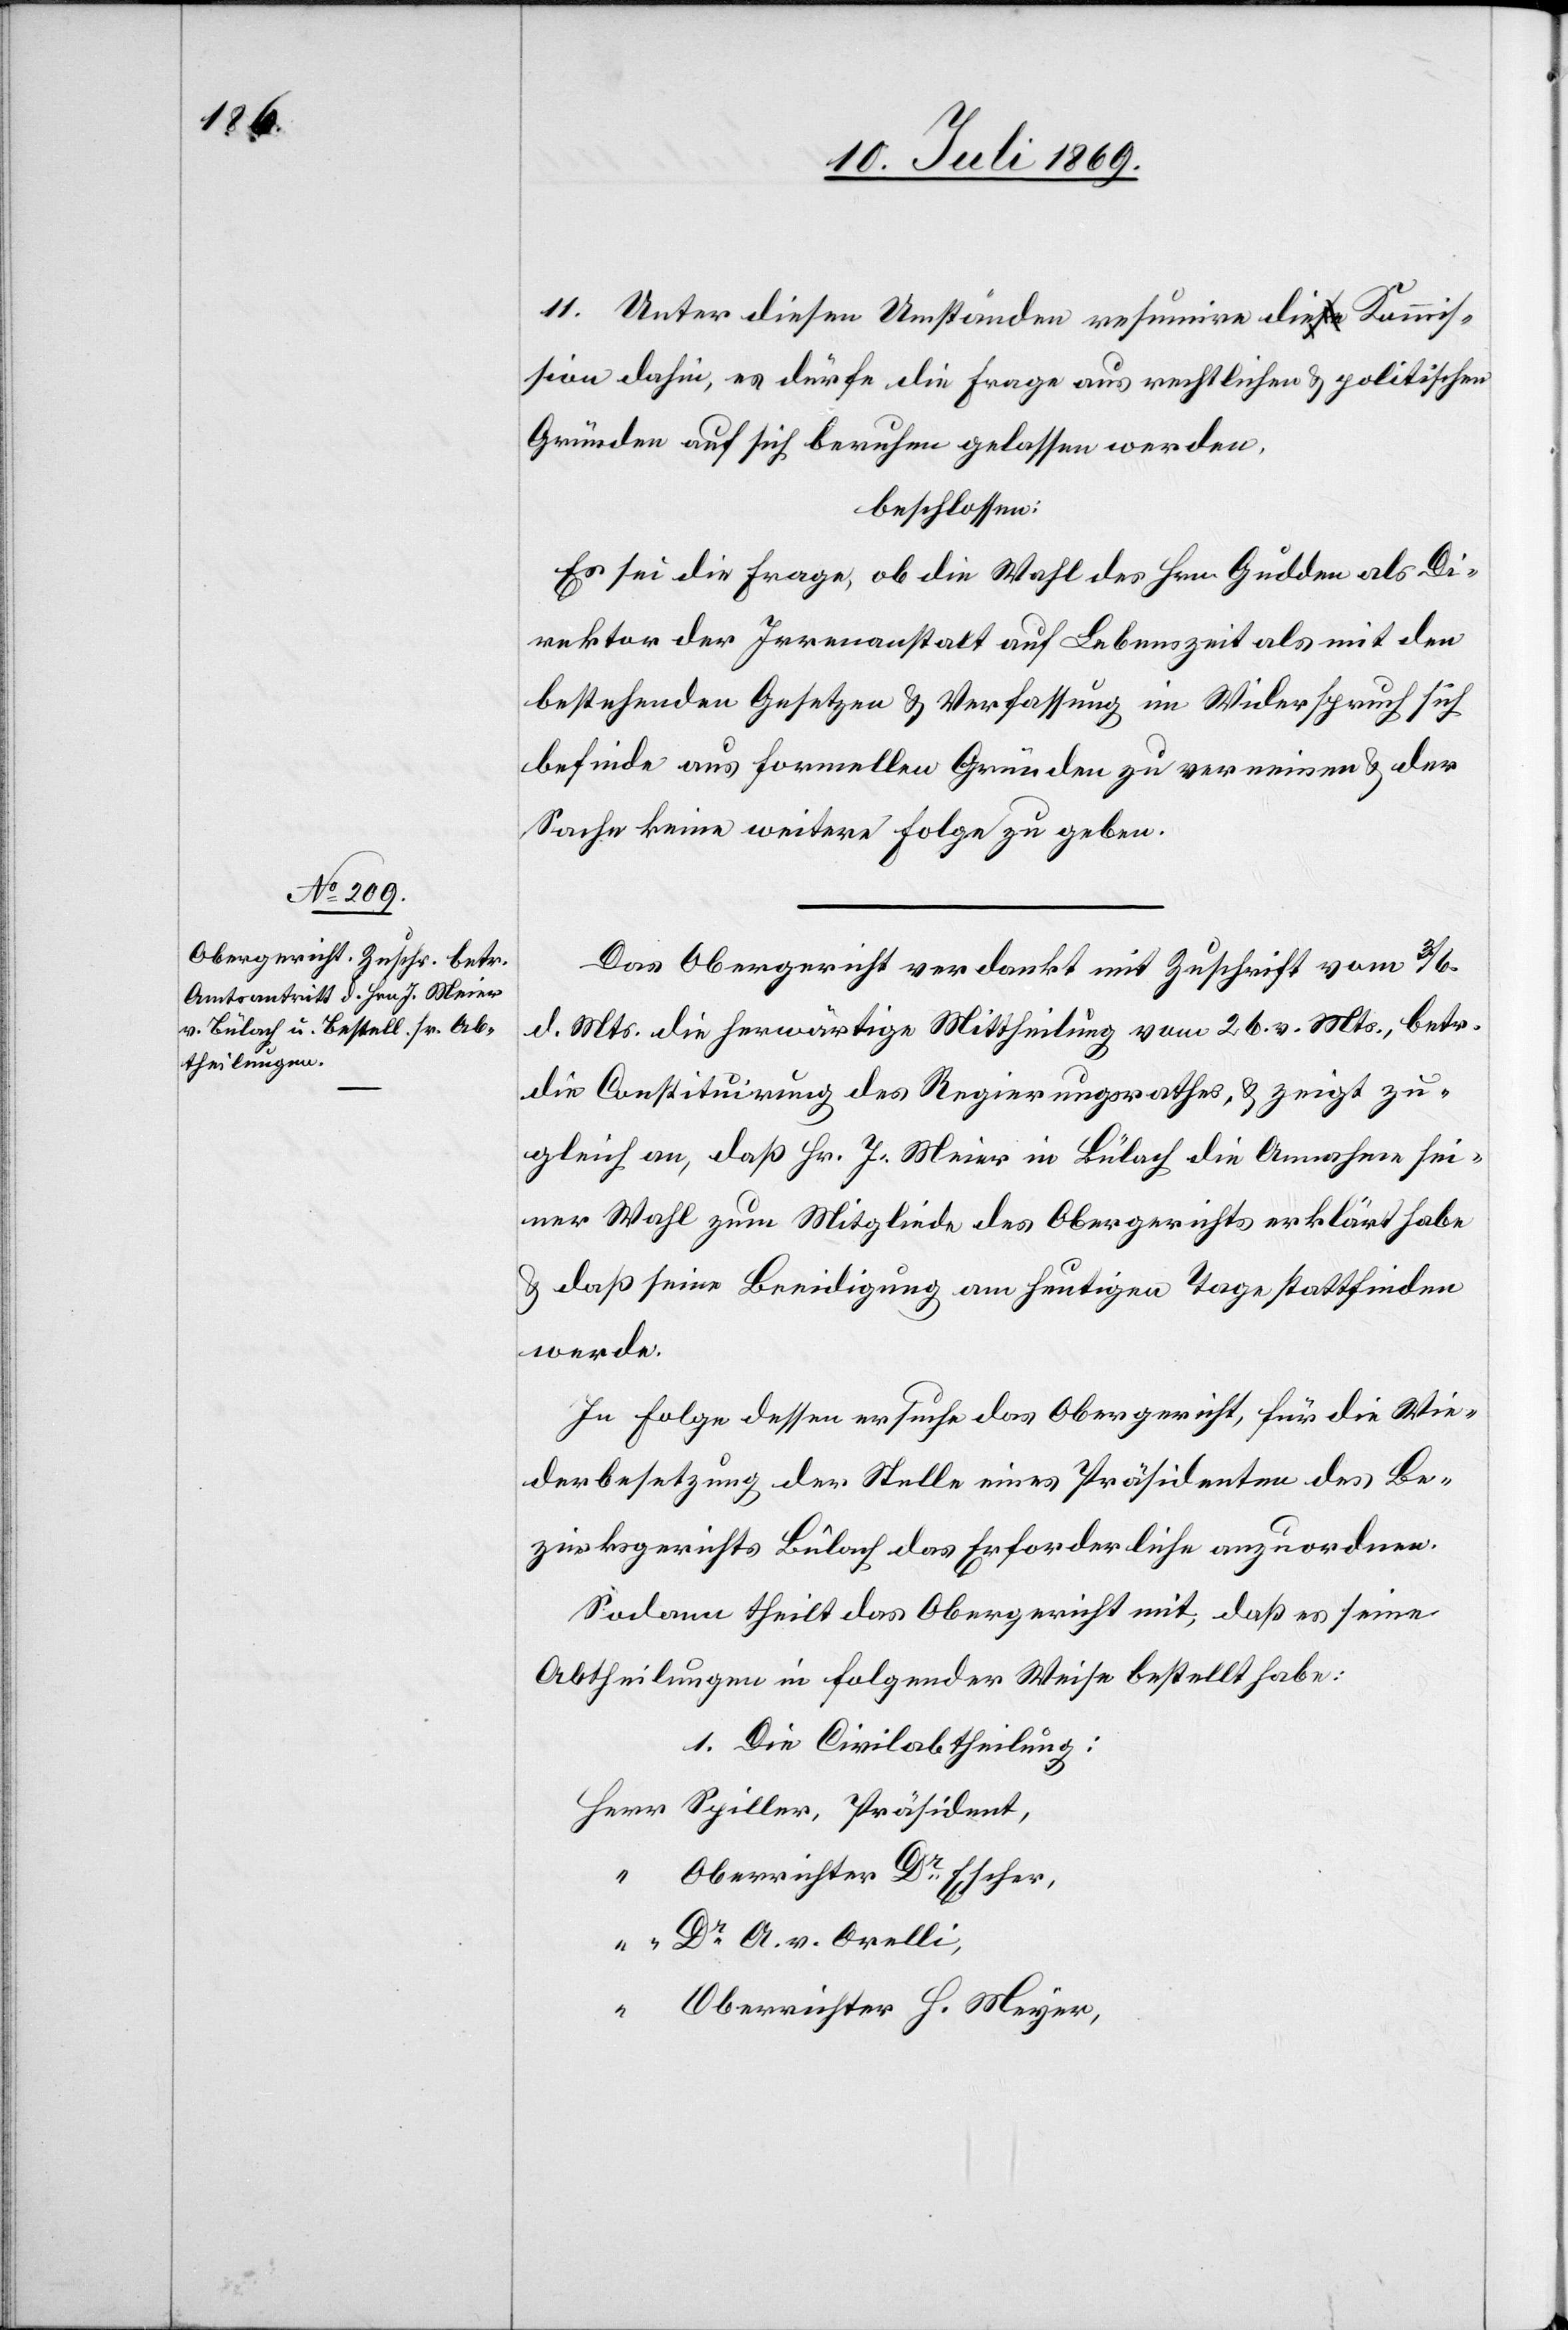
11. Unter diesen Umständen resumire die Kommis¬
sion dahin, es dürfe die Frage aus rechtlichen u. politischen
Gründen auf sich beruhen gelassen werden.
beschlossen:
Es sei die Frage, ob die Wahl des Hrn. Gudden als Di¬
rektor der Irrenanstalt auf Lebenszeit als mit dem
bestehenden Gesetzen u. Verfassung in Widerspruch sich
befinde aus formellen Gründen zu verneinen u. der
Sache keine weitere Folge zu geben.
Das Obergericht verdankt mit Zuschrift vom 3/6
d. Mts. die herwärtige Mittheilung vom 26 v. Mts., betr.
die Constituirung des Regierungsrathes, u. zeigt zu¬
gleich an, daß Hr. J. Meier in Bülach die Annahme sei¬
ner Wahl zum Mitgliede des Obergerichts erklärt habe
u. daß seine Beeidigung am heutigen Tage stattfinden
werde.
In Folge dessen ersuche das Obergericht, für die Wie¬
derbesetzung der Stelle eines Präsidenten des Be¬
zirksgerichts Bülach das Erforderliche anzuordnen.
Sodann theilt das Obergericht mit, daß es seine
Abtheilungen in folgender Weise bestellt habe:
1. Die Civilabtheilung:
Herrn	Spiller, Präsident,
“		Oberrichter Dr Escher,
“		Dr A. v. Orelli,
“		Oberrichter H. Meyer,